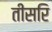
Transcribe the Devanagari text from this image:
तीसरि